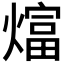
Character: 𬋋